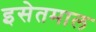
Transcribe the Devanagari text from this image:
इसेतमाल